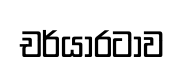
චර්යාරටාව